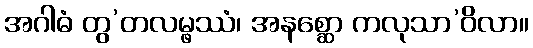
အဂါဓံ တွ’တလမ္ဖဿံ၊ အနစ္ဆော ကလုသာ’ဝိလာ။